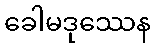
ခေါမဒုဿေန